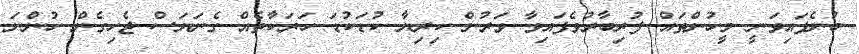
ބުނެފައިވަނީ މީހުންތައް ފުރިބާރުވެފައިވާ ވަރުން ކިރިޔާ ކުޑަކުޑަ ހަރަކާތެއް ގެނަޔަސް ޖެހިގެން ހުންނަ